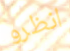
انظرو